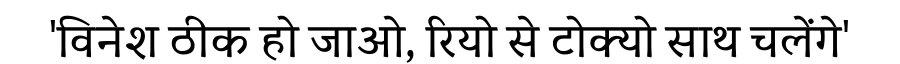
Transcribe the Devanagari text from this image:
'विनेश ठीक हो जाओ, रियो से टोक्यो साथ चलेंगे'